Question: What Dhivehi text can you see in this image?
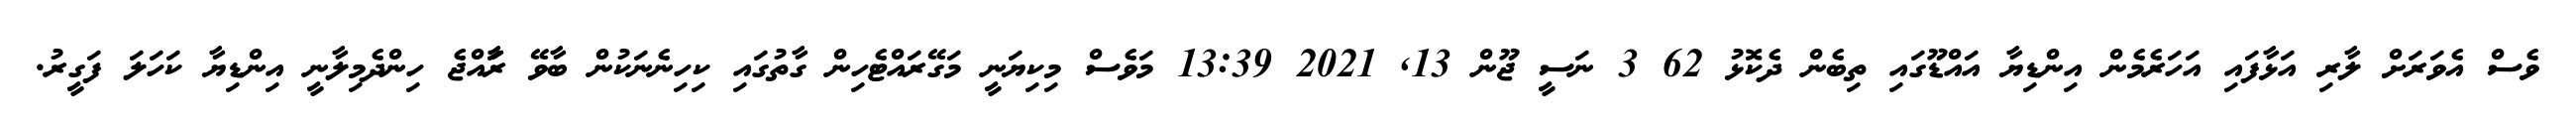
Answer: ވެސް އެވަރަށް ލާރި އަޅާފައި އަހަރެމެން އިންޑިޔާ އައްޑޫގައި ތިބެން ދެކޮޅު 62 3 ނަސީ ޖޫން 13, 2021 13:39 މަވެސް މިކިޔަނީ މަގޭރައްޓެހިން ގާތުގައި ކިހިނެނަކުން ބާވޭ ރަާއްޖެ ހިންދެމިލާނީ އިންޑިޔާ ކަހަލަ ފަގީރު.